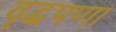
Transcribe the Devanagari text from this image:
वृद्धपणा